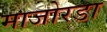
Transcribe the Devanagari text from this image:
माजोरडा